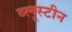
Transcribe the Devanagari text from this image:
ब्लूस्टीन